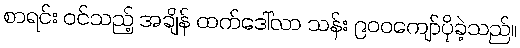
စာရင်း ဝင်သည့် အချိန် ထက်ဒေါ်လာ သန်း ၉၀၀ကျော်ပိုခဲ့သည်။